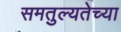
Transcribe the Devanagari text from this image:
समतुल्यतेच्या